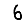
Digit: 6